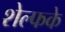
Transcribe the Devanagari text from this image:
शेल्फके